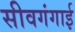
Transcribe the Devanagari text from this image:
सीवगंगाई